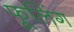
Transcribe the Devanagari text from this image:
फूलिंग